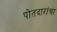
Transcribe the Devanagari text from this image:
पोतदारांचा